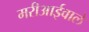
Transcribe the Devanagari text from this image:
मरीआईवाले